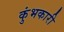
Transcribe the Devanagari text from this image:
कुंभकारी